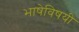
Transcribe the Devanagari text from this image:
भाषेविषयी